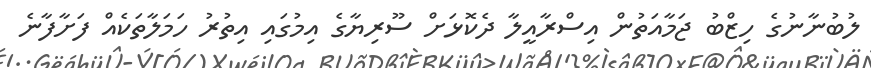
ލުބުނާނުގެ ހިޒްބު ޖަމާއަތުން އިސްރާއީލާ ދެކޮޅަށް ސޫރިޔާގެ އިމުގައި އިތުރު ހަމަލާތަކެއް ފަށާފާނެ